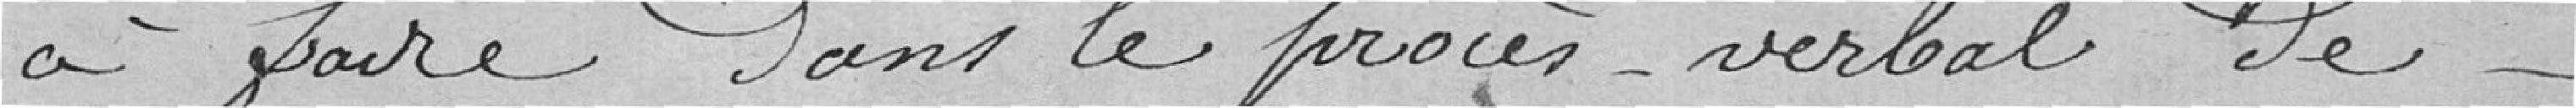
à faire dans le procès verbal de